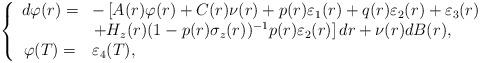
LaTeX: \begin{align*}\left\{\begin{array}[c]{cl}d\varphi(r)= & -\left[ A(r)\varphi(r)+C(r)\nu(r)+p(r)\varepsilon_{1}(r)+q(r)\varepsilon_{2}(r)+\varepsilon_{3}(r)\right.\\&\left.+H_{z}(r)(1-p(r)\sigma_{z}(r))^{-1}p(r)\varepsilon_{2}(r)\right] dr+\nu(r)dB(r),\\\varphi(T)= & \varepsilon_{4}(T),\end{array}\right. \end{align*}